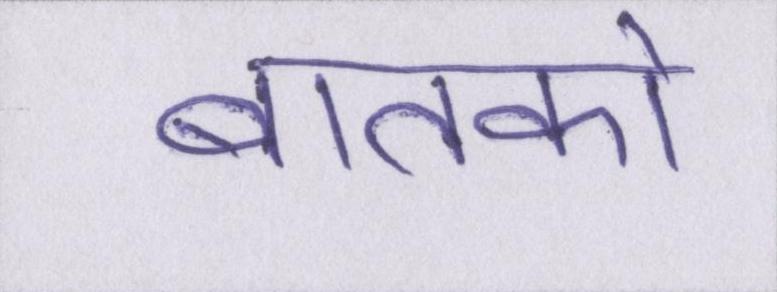
बातको